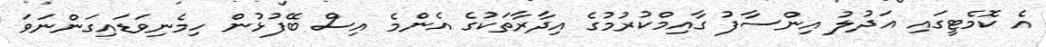
އެ ކޮމެޓީގައި އަދުލު އިންސާފު ގާއިމްކުރުމުގެ އިދާރާތަކުގެ އެންމެ އިސް ބޭފުޅުން ހިމެނިވަޑައިގަންނަވަ